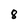
Character: 8